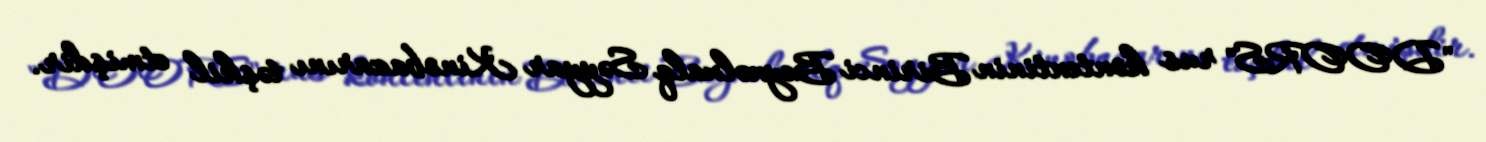
"DOORS" rus kontentinin Birinci Beynəlxalq Səyyar Kinobazarını təşkil etmişdir.